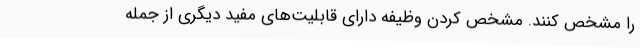
را مشخص کنند. مشخص کردن وظیفه دارای قابلیت‌های مفید دیگری از جمله